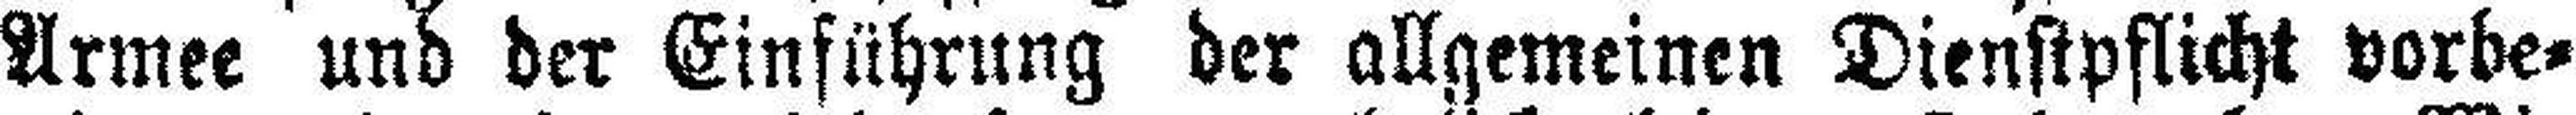
Armee und der Einführung der allgemeinen Dienstpflicht vorbe¬